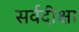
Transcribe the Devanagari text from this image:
सर्वदीक्षा